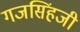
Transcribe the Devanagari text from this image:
गजसिंहजी